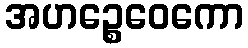
အဟဉ္စေဝေကော